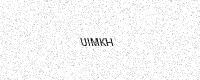
Text: UIMKH